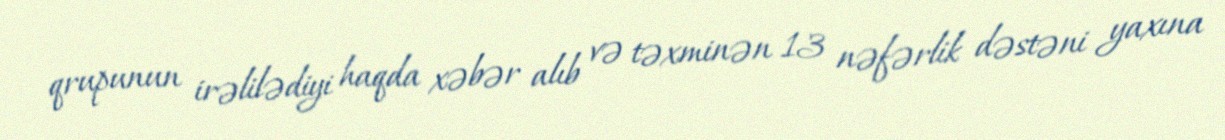
qrupunun irəlilədiyi haqda xəbər alıb və təxminən 13 nəfərlik dəstəni yaxına